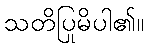
သတိပြုမိပါ၏။